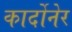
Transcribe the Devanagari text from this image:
कार्दोनेर